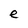
Character: e